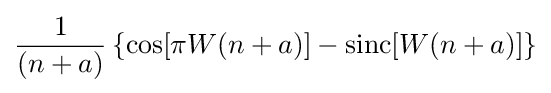
{\frac {1}{(n+a)}}\left\{\cos[\pi W(n+a)]-\operatorname {sinc} [W(n+a)]\right\}